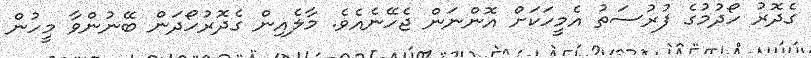
ގެދޮރު ހޯދުމުގެ ފުރުސަތު އެމީހަކަށް އޮންނަން ޖެހޭނެއެވެ. މާލެއިން ގެދޮރުހޯދަން ބޭނުންވާ މީހުން